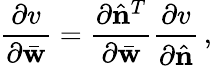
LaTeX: \frac{\partial v}{\partial\bar{\mathbf w}}=\frac{\partial\hat{\mathbf n}^{T}}{\partial\bar{\mathbf w}}\frac{\partial v}{\partial\hat{\mathbf n}}\, ,